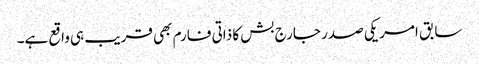
سابق امریکی صدر جارج بش کا ذاتی فارم بھی قریب ہی واقع ہے۔